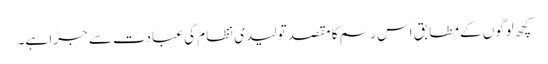
کچھ لوگوں کے مطابق اس رسم کا مقصد تولیدی نظام کی عبادت سے جڑا ہے۔